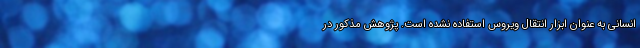
انسانی به عنوان ابزار انتقال ویروس استفاده نشده است. پژوهش مذکور در